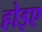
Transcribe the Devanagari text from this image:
होइए